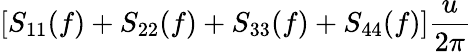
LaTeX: \displaystyle\left[S_{11}(f)+S_{22}(f)+S_{33}(f)+S_{44}(f)\right]\frac{u}{2\pi}